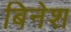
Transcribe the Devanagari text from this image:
बिनेश